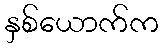
နှစ်ယောက်က